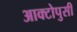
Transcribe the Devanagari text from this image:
आक्टोपुसी